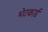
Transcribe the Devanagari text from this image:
भेटकार्ड